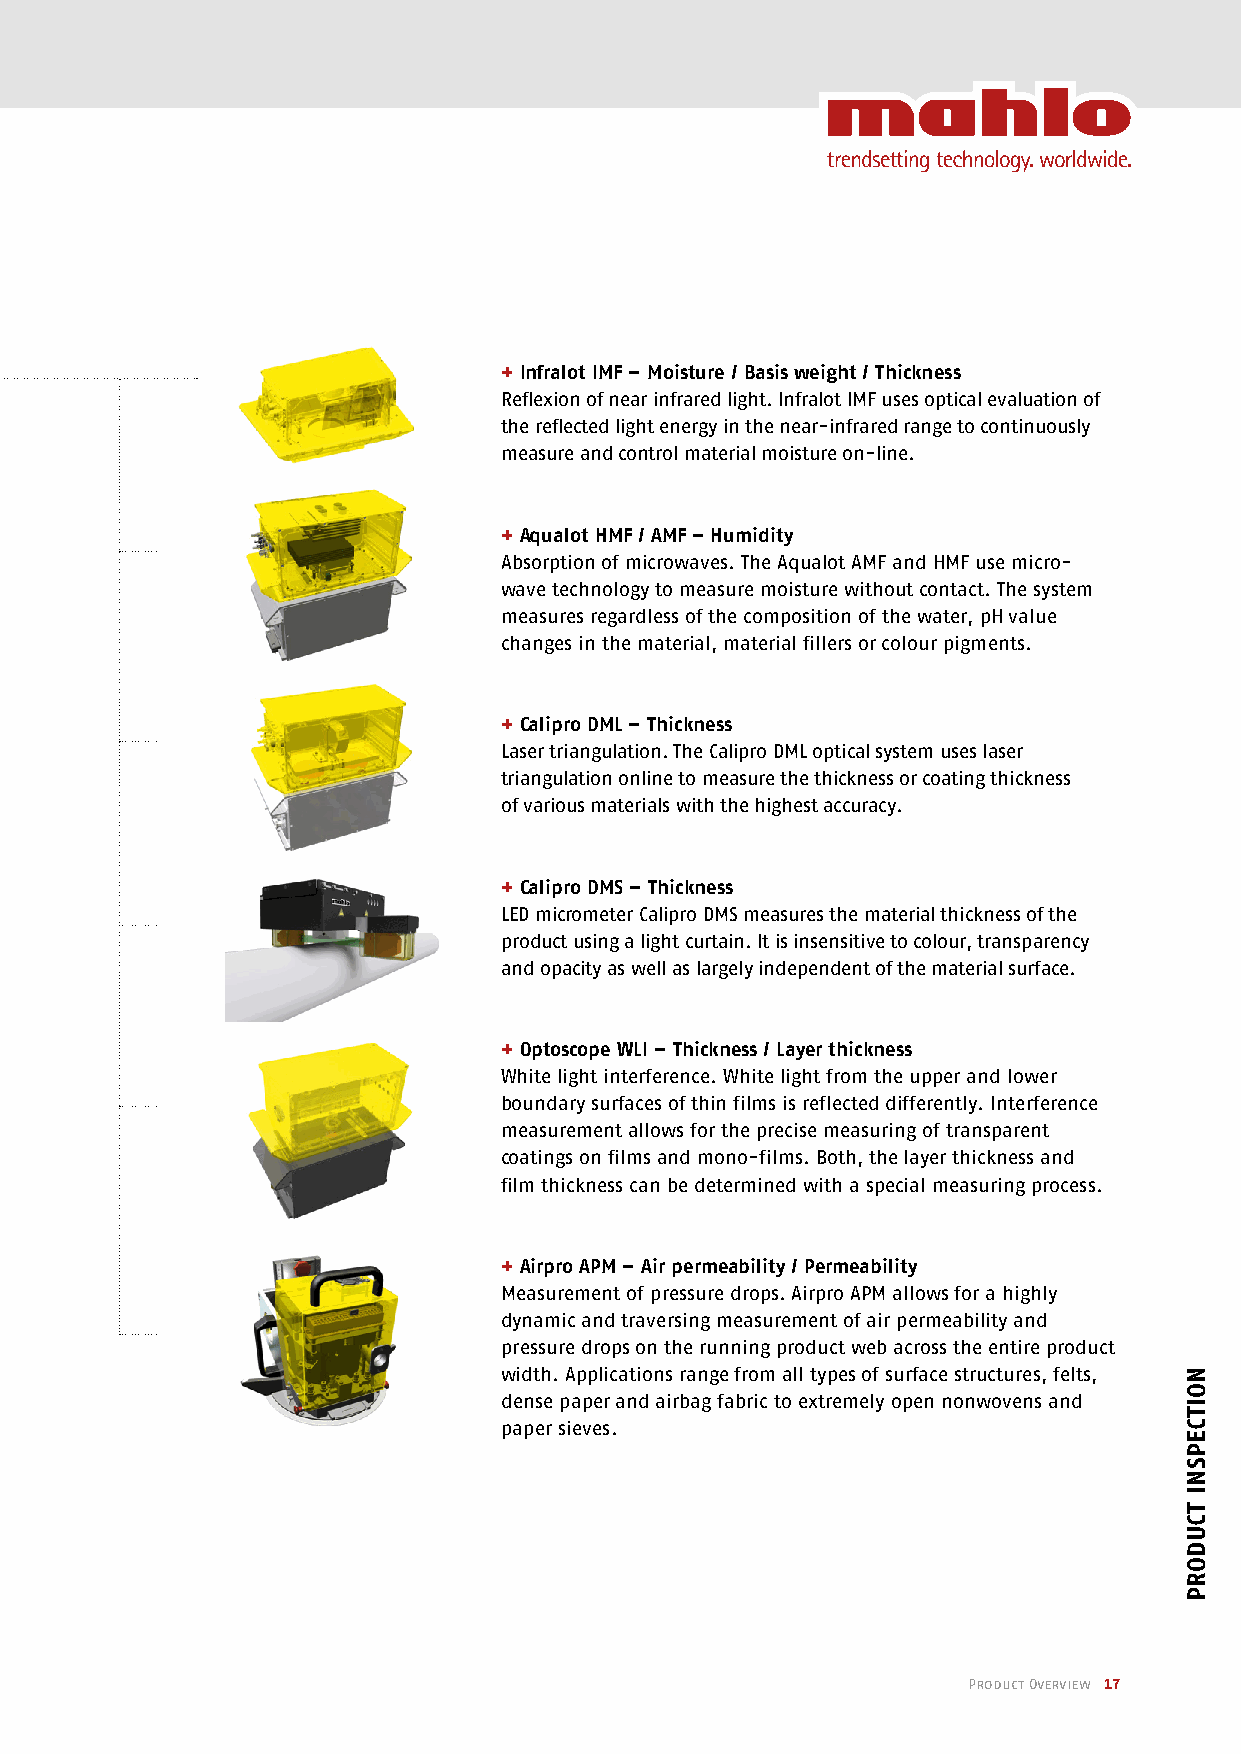
+ Infralot IMF – Moisture / Basis weight / Thickness
 Reflexion of near infrared light. Infralot IMF uses optical evaluation of
 the reflected light energy in the near-infrared range to continuously
 measure and control material moisture on-line.
 + Aqualot HMF / AMF – Humidity
 Absorption of microwaves. The Aqualot AMF and HMF use micro-
 wave technology to measure moisture without contact. The system
 measures regardless of the composition of the water, pH value
 changes in the material, material fillers or colour pigments.
 + Calipro DML – Thickness
 Laser triangulation. The Calipro DML optical system uses laser
 triangulation online to measure the thickness or coating thickness
 of various materials with the highest accuracy.
 + Calipro DMS – Thickness
 LED micrometer Calipro DMS measures the material thickness of the
 product using a light curtain. It is insensitive to colour, transparency
 and opacity as well as largely independent of the material surface.
 + Optoscope WLI – Thickness / Layer thickness
 White light interference. White light from the upper and lower
 boundary surfaces of thin films is reflected differently. Interference
 measurement allows for the precise measuring of transparent
 coatings on films and mono-films. Both, the layer thickness and
 film thickness can be determined with a special measuring process.
 + Airpro APM – Air permeability / Permeability
 Measurement of pressure drops. Airpro APM allows for a highly
 dynamic and traversing measurement of air permeability and
 pressure drops on the running product web across the entire product
 width. Applications range from all types of surface structures, felts,
 dense paper and airbag fabric to extremely open nonwovens and
 paper sieves.
 Product Overview 17
 NOITCEPSNI
 TCudORP